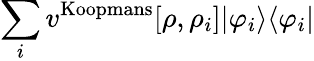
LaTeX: \sum_{i}v^{\mathrm{Koopmans}}[\rho,\rho_{i}]|\varphi_{i}\rangle\langle\varphi_{i}|